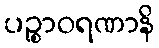
ပဉ္စာဝရဏာနိ